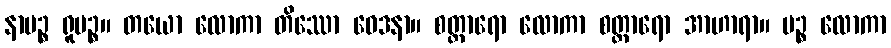
နာမဉ္စ ရူပဉ္စ။ တယော လောကာ တိဿော ဝေဒနာ။ စတ္တာရော လောကာ စတ္တာရော အာဟာရာ။ ပဉ္စ လောကာ